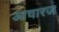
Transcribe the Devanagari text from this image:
आचारज